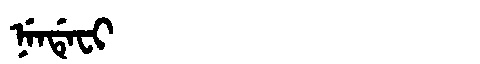
Manchu: ᠨᡝᠨᡩᡝᠸᡳ
Romanization: NENDEFI